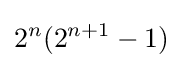
2^{n}(2^{n+1}-1)